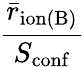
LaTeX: \frac{\bar{r}_{\mathrm{ion(B)}}}{S_{\mathrm{conf}}}